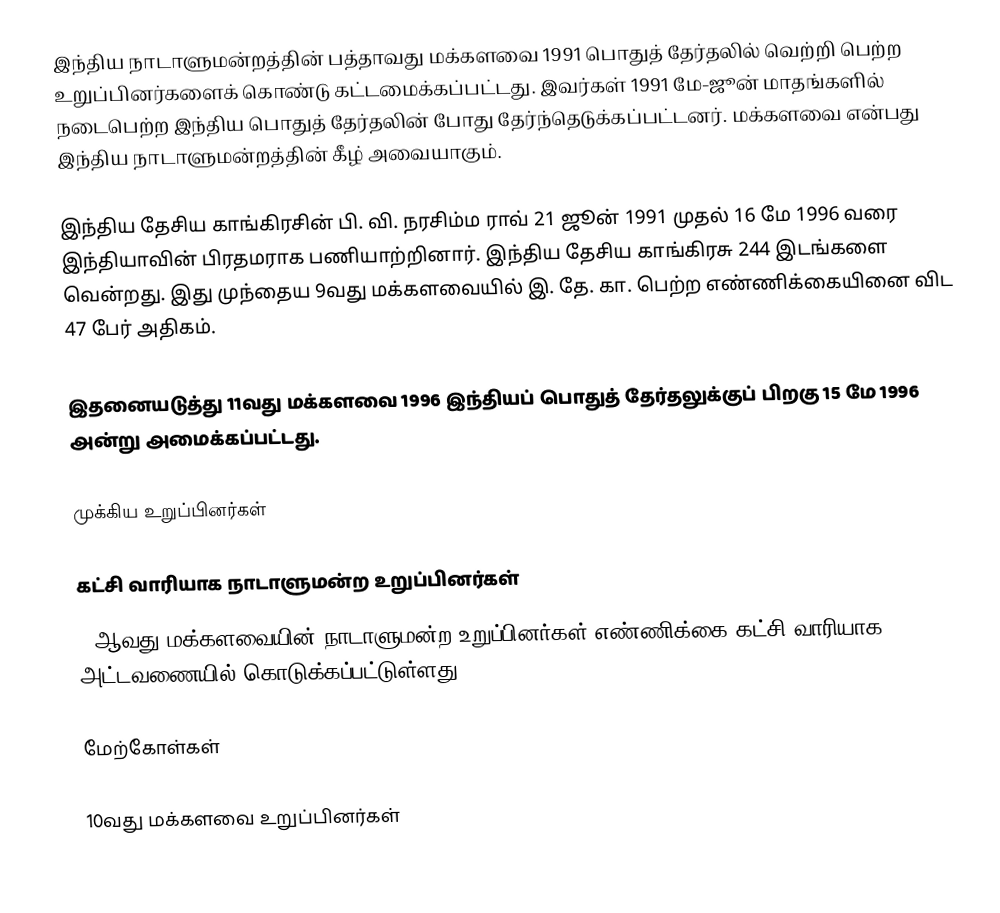
இந்திய நாடாளுமன்றத்தின் பத்தாவது மக்களவை 1991 பொதுத் தேர்தலில் வெற்றி பெற்ற உறுப்பினர்களைக் கொண்டு கட்டமைக்கப்பட்டது. இவர்கள் 1991 மே-ஜூன் மாதங்களில் நடைபெற்ற இந்திய பொதுத் தேர்தலின் போது தேர்ந்தெடுக்கப்பட்டனர். மக்களவை என்பது இந்திய நாடாளுமன்றத்தின் கீழ் அவையாகும்.

இந்திய தேசிய காங்கிரசின் பி. வி. நரசிம்ம ராவ் 21 ஜூன் 1991 முதல் 16 மே 1996 வரை இந்தியாவின் பிரதமராக பணியாற்றினார். இந்திய தேசிய காங்கிரசு 244 இடங்களை வென்றது. இது முந்தைய 9வது மக்களவையில் இ. தே. கா. பெற்ற எண்ணிக்கையினை விட 47 பேர் அதிகம்.

இதனையடுத்து 11வது மக்களவை 1996 இந்தியப் பொதுத் தேர்தலுக்குப் பிறகு 15 மே 1996 அன்று அமைக்கப்பட்டது.

முக்கிய உறுப்பினர்கள்

கட்சி வாரியாக நாடாளுமன்ற உறுப்பினர்கள்
10ஆவது மக்களவையின் நாடாளுமன்ற உறுப்பினர்கள் எண்ணிக்கை கட்சி வாரியாக அட்டவணையில் கொடுக்கப்பட்டுள்ளது.

மேற்கோள்கள்

10வது மக்களவை உறுப்பினர்கள்